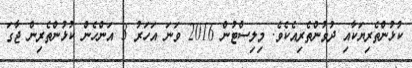
ކުޅުންތެރިޔަކާއި ދުވުންތެރިއެކެވެ. މިލިސްޓުން 2016 ވަނަ އަހަރު 3 އަންހެން ކުޅުންތެރިން ޖާގަ